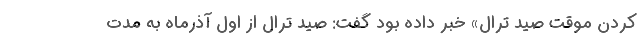
کردن موقت صید ترال» خبر داده بود گفت: صید ترال از اول آذرماه به مدت